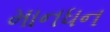
માનધન